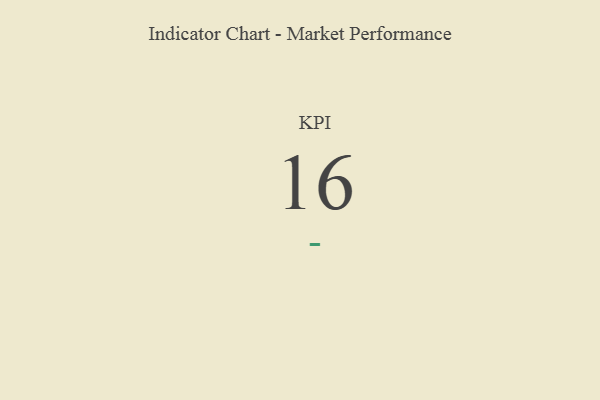
{"axis": {"x": "KPI", "y": "Value"}, "legend": [""], "data": [{"x": "KPI", "y": 16, "type": ""}]}